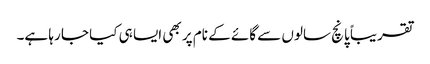
تقریباً پانچ سالوں سے گائے کے نام پر بھی ایسا ہی کیا جا رہا ہے۔